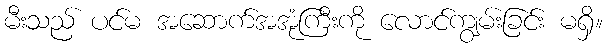
မီးသည် ပင်မ အဆောက်အအုံကြီးကို လောင်ကျွမ်းခြင်း မရှိ။